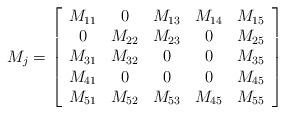
LaTeX: \begin{align*}M_j = \left[\begin{array}{ccccc}M_{11}&0&M_{13}&M_{14}&M_{15}\\0&M_{22}&M_{23}&0&M_{25}\\M_{31}&M_{32}&0&0&M_{35}\\M_{41}&0&0&0&M_{45}\\M_{51}&M_{52}&M_{53}&M_{45}&M_{55}\end{array}\right]\end{align*}